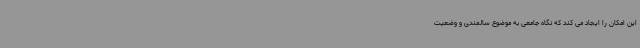
این امکان را ایجاد می کند که نگاه جامعی به موضوع سالمندی و وضعیت